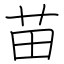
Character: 苗